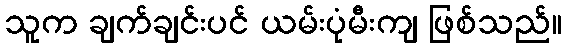
သူက ချက်ချင်းပင် ယမ်းပုံမီးကျ ဖြစ်သည်။